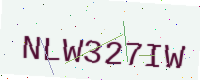
Text: NLW327IW